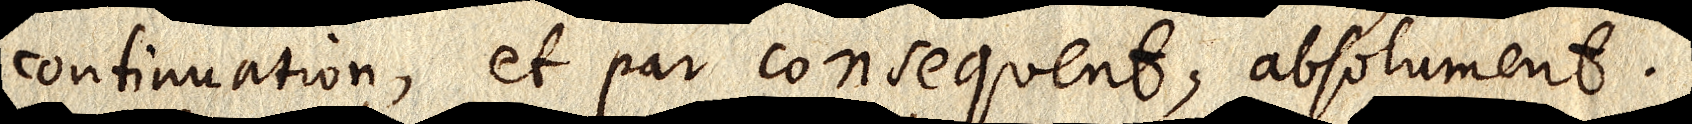
continuation, et par consequent, absolument.